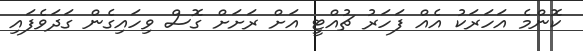
ކޮންމެ އަހަރަކު އެއް ފަހަރު ޗުއްޓީ އަށް ރަށަށް ގޮސް ވިހައިގެން ގަދަވެފައި